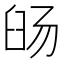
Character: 𬛹